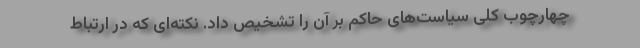
چهارچوب کلی سیاست‌های حاکم بر آن را تشخیص داد. نکته‌ای که در ارتباط